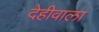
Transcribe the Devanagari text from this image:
देहीवाला